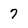
Character: 7